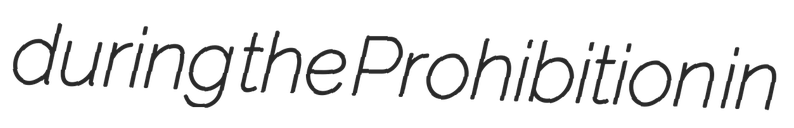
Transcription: during the Prohibition in